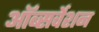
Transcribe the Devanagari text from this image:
ऑब्सर्वेशन